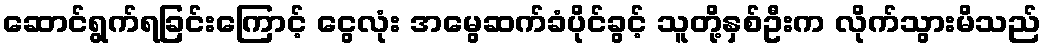
ဆောင်ရွက်ရခြင်းကြောင့် ငွေလုံး အမွေဆက်ခံပိုင်ခွင့် သူတို့နှစ်ဦးက လိုက်သွားမိသည်